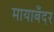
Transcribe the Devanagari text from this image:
मायाबँदर